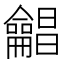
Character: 𱍊